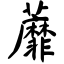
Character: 蘼